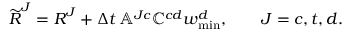
\widetilde { \boldsymbol { R } } ^ { J } = \boldsymbol { R } ^ { J } + \Delta t \, \mathbb { A } ^ { J c } \mathbb { C } ^ { c d } \boldsymbol { w } _ { \mathrm { m i n } } ^ { d } , \qquad J = c , t , d .